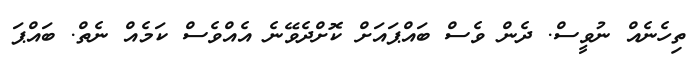
ތިހެނެއް ނުވީސް. ދެން ވެސް ބައްޕައަށް ކޮށްދެވޭނެ އެއްވެސް ކަމެއް ނެތް. ބައްޕަ